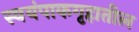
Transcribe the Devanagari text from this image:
स्वयंपाकगृहातील